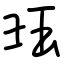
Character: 珏